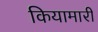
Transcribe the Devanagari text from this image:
कियामारी